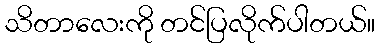
သိတာလေးကို တင်ပြလိုက်ပါတယ်။